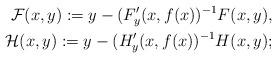
LaTeX: \begin{align*}\mathcal{F}(x,y):=y-(F'_y(x,f(x))^{-1}F(x,y),\\\mathcal{H}(x,y):=y-(H'_y(x,f(x))^{-1}H(x,y);\end{align*}